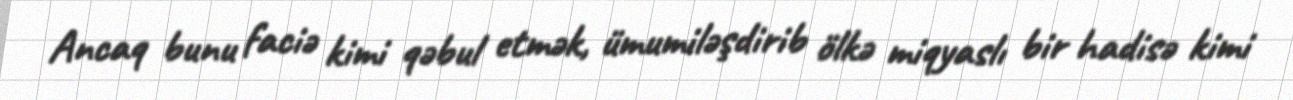
Ancaq bunu faciə kimi qəbul etmək, ümumiləşdirib ölkə miqyaslı bir hadisə kimi